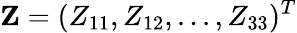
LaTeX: {\mathbf Z}=(Z_{11},Z_{12},...,Z_{33})^{T}